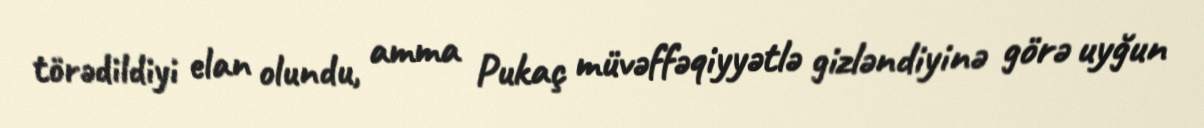
törədildiyi elan olundu, amma Pukaç müvəffəqiyyətlə gizləndiyinə görə uyğun